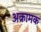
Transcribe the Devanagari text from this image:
अक्रामक